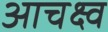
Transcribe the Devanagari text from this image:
आचक्ष्व